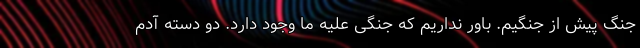
جنگ پیش از جنگیم. باور نداریم که جنگی علیه ما وجود دارد. دو دسته آدم